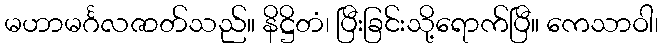
မဟာမင်္ဂလဇာတ်သည်။ နိဋ္ဌိတံ၊ ပြီးခြင်းသို့ရောက်ပြီ။ ကေသာဝါ၊